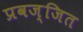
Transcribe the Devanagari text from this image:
प्रवज्जित